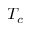
T _ { c }